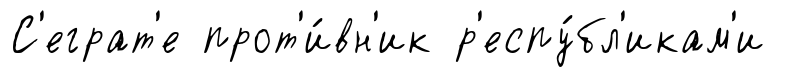
С'еграт'е прот'и́вн'ик р'еспу́бл'икам'и